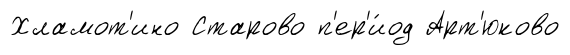
Хламот'ино Старово п'ер'и́од Арт'юково